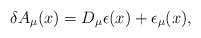
\begin{align*}\delta A_{\mu}(x) = D_{\mu} \epsilon(x) + \epsilon_{\mu}(x), \end{align*}